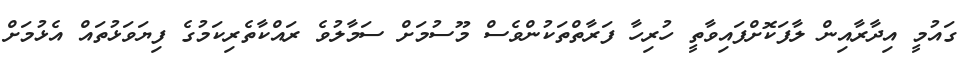
ގައުމީ އިދާރާއިން ލާފަކޮށްފައިވާތީ ހުރިހާ ފަރާތްތަކުންވެސް މޫސުމަށް ސަމާލުވެ ރައްކާތެރިކަމުގެ ފިޔަވަޅުތައް އެޅުމަށް